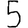
Digit: 5